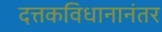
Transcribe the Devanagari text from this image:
दत्तकविधानानंतर